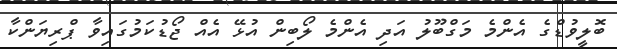
ބޮލީވުޑްގެ އެންމެ މަގްބޫލު އަދި އެންމެ ލޯބިން އުޅޭ އެއް ޖޯޑުކަމުގައިވާ ޕްރިޔަންކާ